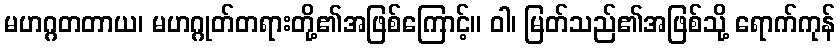
မဟဂ္ဂတတာယ၊ မဟဂ္ဂုတ်တရားတို့၏အဖြစ်ကြောင့်။ ဝါ၊ မြတ်သည်၏အဖြစ်သို့ ရောက်ကုန်